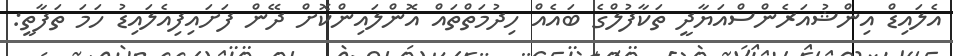
އެލައިޑް އިންޝުއަރެންސްއަޔާދީ ތަކާފުލްގެ ބައެއް ހިދުމަތްތައް އޮންލައިންކޮށް ދޭން ފަށައިފިއެލައިޑު ހަމަ ތަފާތީ: